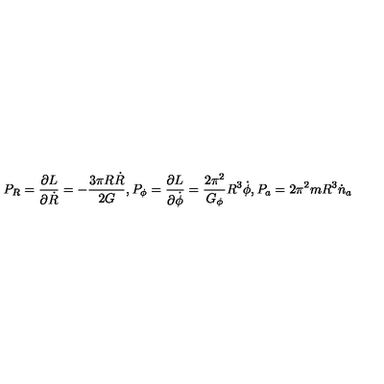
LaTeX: P _ { R } = \frac { \partial L } { \partial \dot { R } } = - \frac { 3 \pi R \dot { R } } { 2 G } , P _ { \phi } = \frac { \partial L } { \partial \dot { \phi } } = \frac { 2 \pi ^ { 2 } } { G _ { \phi } } R ^ { 3 } \dot { \phi } , P _ { a } = 2 \pi ^ { 2 } m R ^ { 3 } \dot { n } _ { a }